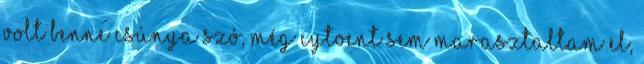
volt benne csúnya szó, még Cytoent sem marasztaltam el,